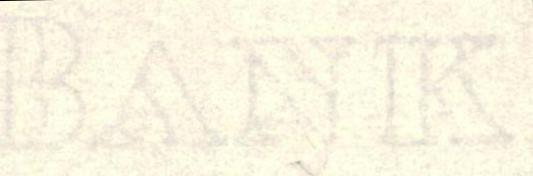
BANK